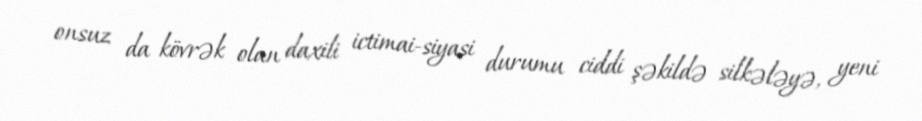
onsuz da kövrək olan daxili ictimai-siyasi durumu ciddi şəkildə silkələyə, yeni